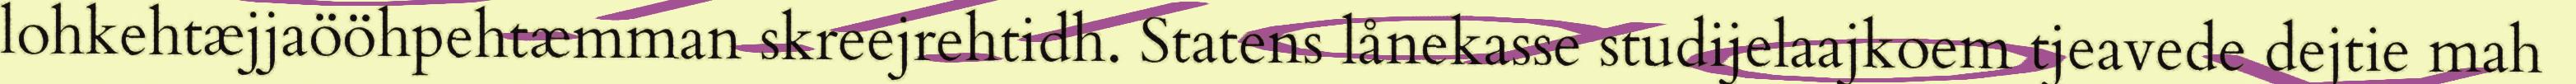
lohkehtæjjaööhpehtæmman skreejrehtidh. Statens lånekasse studijelaajkoem tjeavede dejtie mah